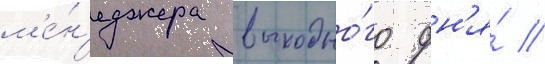
м'е́н'еджера выходно́го дн'я́ //